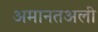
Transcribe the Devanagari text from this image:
अमानतअली